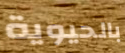
بالحيوية